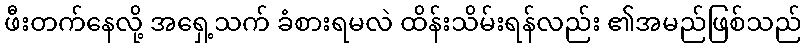
ဖီးတက်နေလို့ အရှေ့သက် ခံစားရမလဲ ထိန်းသိမ်းရန်လည်း ၏အမည်ဖြစ်သည်